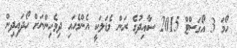
ހޯމަ 3 އޯގަސްޓް 2015 ސާއިދުގެ ރަން މެޑަލަކީ އެންމެހައި ދިވެހިންނަށް ހޯދައިދިން